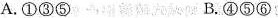
A.①③⑤ B.④⑤⑥